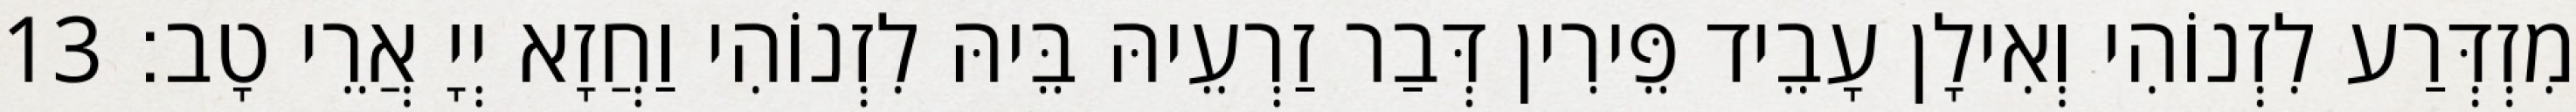
מִזְדְּרַע לִזְנוֹהִי וְאִילָן עָבֵיד פֵּירִין דְּבַר זַרְעֵיהּ בֵּיהּ לִזְנוֹהִי וַחֲזָא יְיָ אֲרֵי טָב׃ 13